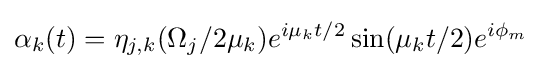
\alpha _{k}(t)=\eta _{j,k}(\Omega _{j}/2\mu _{k})e^{i\mu _{k}t/2}\sin(\mu _{k}t/2)e^{i\phi _{m}}